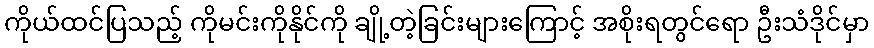
ကိုယ်ထင်ပြသည့် ကိုမင်းကိုနိုင်ကို ချို့တဲ့ခြင်းများကြောင့် အစိုးရတွင်ရော ဦးသံဒိုင်မှာ